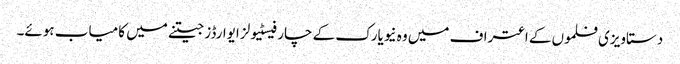
دستاویزی فلموں کے اعتراف میں وہ نیویارک کے چار فیسٹیولز ایوارڈز جیتنے میں کامیاب ہوئے۔